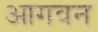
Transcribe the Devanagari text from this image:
आगवन